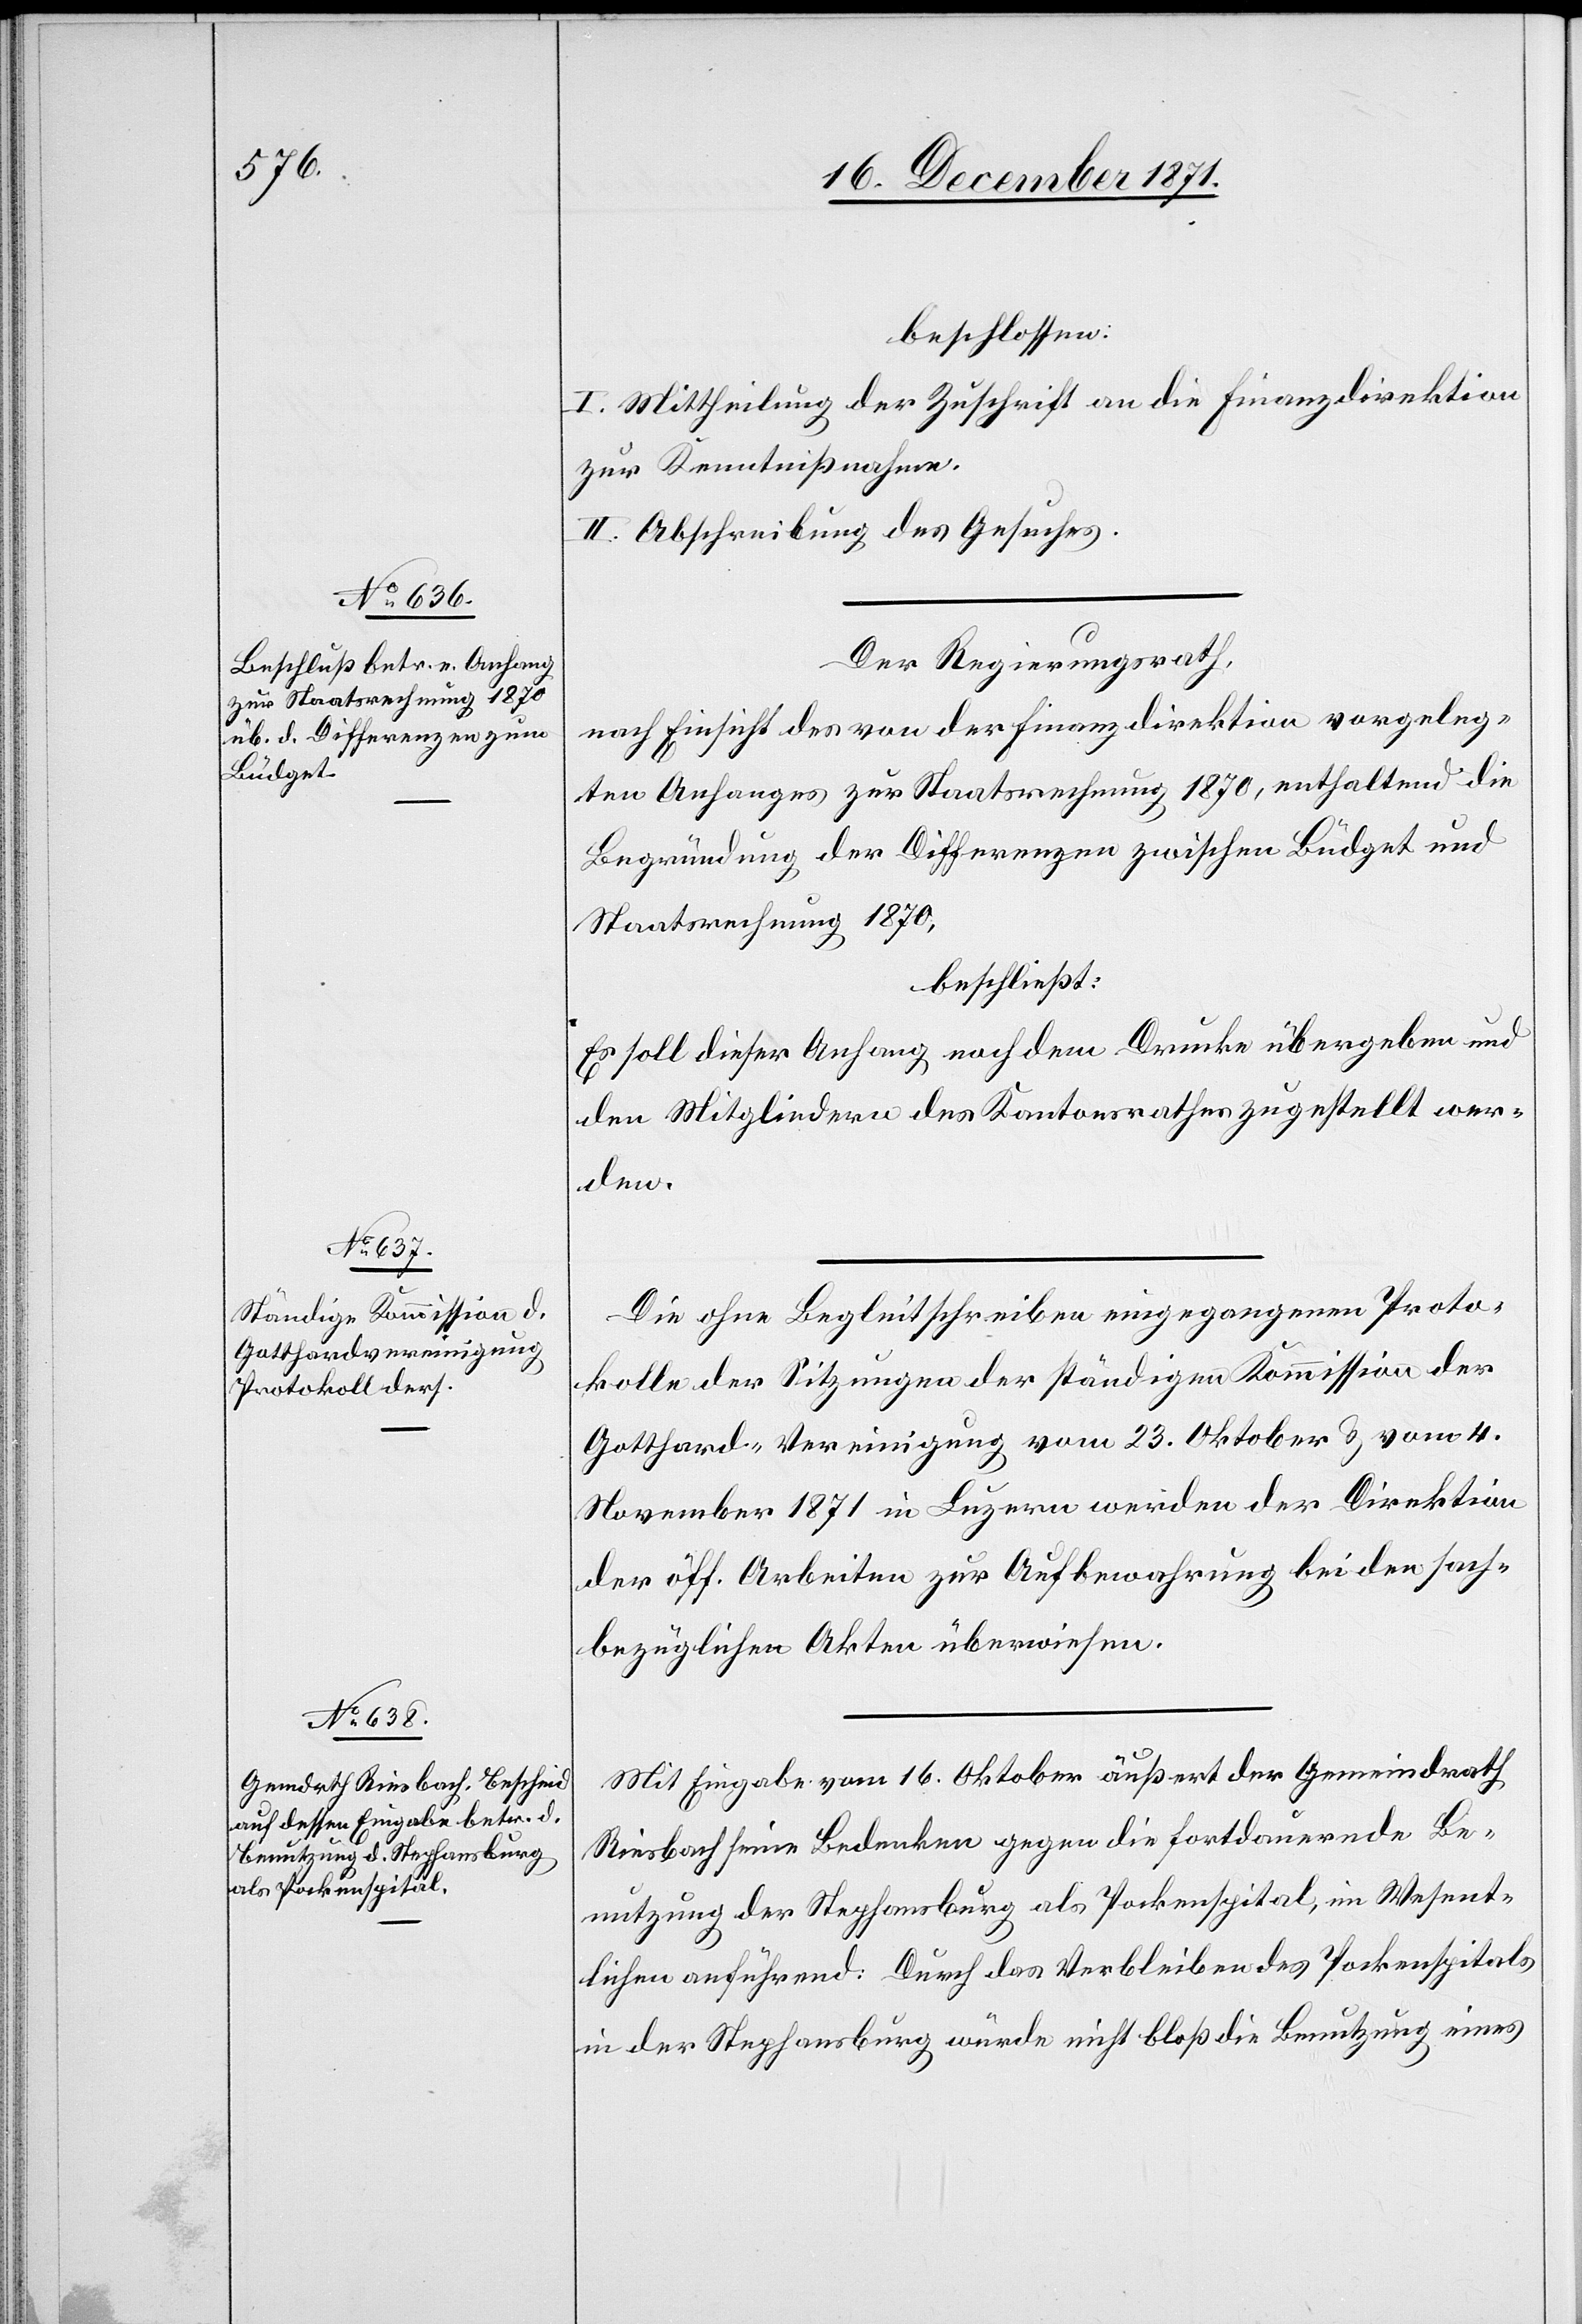
beschlossen:
I. Mittheilung der Zuschrift an die Finanzdirektion
zur Kenntnißnahme.
II. Abschreibung des Gesuches.
Der Regierungsrath,
nach Einsicht des von der Finanzdirektion vorgeleg¬
ten Anhanges zur Staatsrechnung 1870, enthaltend die
Begründung der Differenzen zwischen Büdget und
Staatsrechnung 1870,
beschließt:
Es soll dieser Anhang noch dem Drucke übergeben und
den Mitgliedern des Kantonsrathes zugestellt wer¬
den.
Die ohne Begleitschreiben eingegangenen Proto¬
kolle der Sitzungen der ständigen Kommission der
Gotthard-Vereinigung vom 23. Oktober & vom 4.
November 1871 in Luzern werden der Direktion
der öff. Arbeiten zur Aufbewahrung bei den sach¬
bezüglichen Akten überwiesen.
Mit Eingabe vom 16. Oktober äußert der Gemeindrath
Riesbach seine Bedenken gegen die fortdauernde Be¬
nutzung der Stephansburg als Pockenspital, im Wesent¬
lichen anführend: Durch das Verbleiben des Pockenspitals
in der Stephansburg würde nicht bloß die Benutzung eines